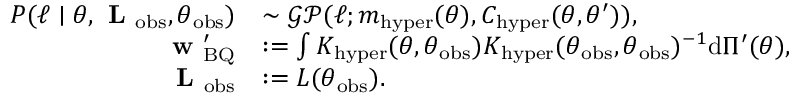
\begin{array} { r l } { P ( \ell \mid \theta , \textbf { L } _ { \mathrm { o b s } } , \boldsymbol \theta _ { \mathrm { o b s } } ) } & { \sim \mathcal { G P } ( \ell ; m _ { \mathrm { h y p e r } } ( \theta ) , C _ { \mathrm { h y p e r } } ( \theta , \theta ^ { \prime } ) ) , } \\ { \textbf { w } _ { \mathrm { B Q } } ^ { \prime } } & { : = \int K _ { \mathrm { h y p e r } } ( \theta , \boldsymbol \theta _ { \mathrm { o b s } } ) K _ { \mathrm { h y p e r } } ( \boldsymbol \theta _ { \mathrm { o b s } } , \boldsymbol \theta _ { \mathrm { o b s } } ) ^ { - 1 } \mathrm { d } \Pi ^ { \prime } ( \theta ) , } \\ { \textbf { L } _ { \mathrm { o b s } } } & { : = L ( \boldsymbol \theta _ { \mathrm { o b s } } ) . } \end{array}